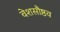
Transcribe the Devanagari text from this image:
वेशसौष्ठव